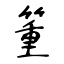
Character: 箽